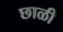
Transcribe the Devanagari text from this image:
छाळी